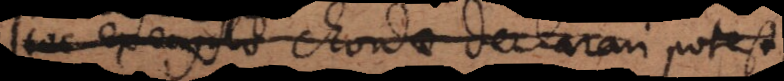
Hoc exemplo chordae declarari potest,